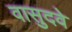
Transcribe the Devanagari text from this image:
वासुदवे